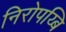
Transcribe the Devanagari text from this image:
निरोपय्बि